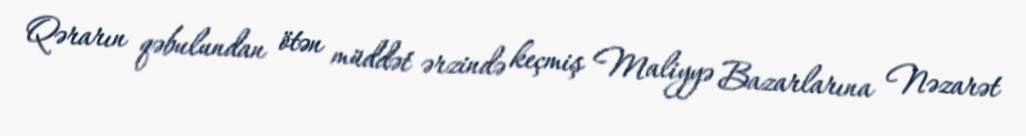
Qərarın qəbulundan ötən müddət ərzində keçmiş Maliyyə Bazarlarına Nəzarət